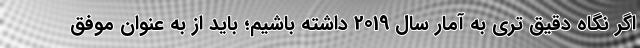
اگر نگاه دقیق تری به آمار سال 2019 داشته باشیم؛ باید از به عنوان موفق